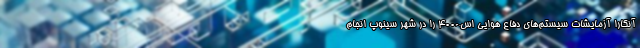
آنکارا آزمایشات سیستم‌های دفاع هوایی اس-۴۰۰ را در شهر سینوپ انجام